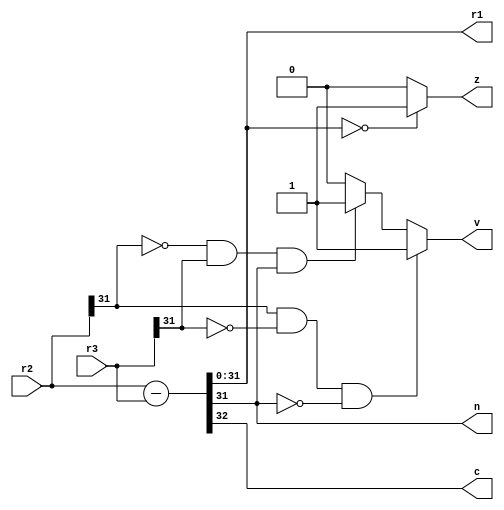
module subr1r2r3 (r2, r3, r1, n, z, c, v);
input [31:0] r2, r3;
output reg n, z, c, v;
output reg [31:0] r1;
wire [32:0] r0;
assign r0 = r2 - r3;
always @ *
begin
r1 = r0[31:0];
n = r1[31];
c = r0[32];

if ( r0[31:0] == 32'b0)
	z = 1'b1;
else
begin
	z = 1'b0;
end

if (r2[31] == 1 && r3[31] == 0 && r0[31] == 0)
	v = 1'b1;
else if (r2[31] == 0 && r3[31] == 1 && r0[31] == 1)
	v = 1'b1;
else
begin
	v = 1'b0;
end

end
endmodule